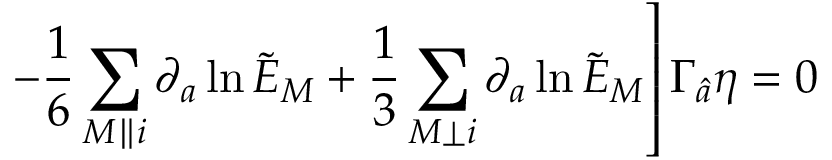
\qquad \qquad \qquad \left. - { \frac { 1 } { 6 } } \sum _ { M \parallel i } \partial _ { a } \ln \tilde { E } _ { M } + { \frac { 1 } { 3 } } \sum _ { M \perp i } \partial _ { a } \ln \tilde { E } _ { M } \right] \Gamma _ { \hat { a } } \eta = 0